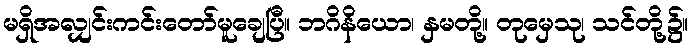
မရှိအလျှင်းကင်းတော်မူချေပြီ။ ဘဂိနိယော၊ နှမတို့။ တုမှေသု၊ သင်တို့၌။